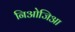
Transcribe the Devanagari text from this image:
निओजिआ